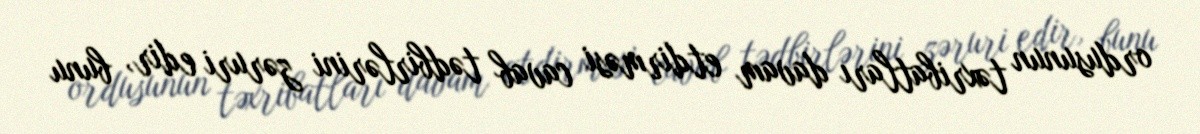
ordusunun təxribatları davam etdirməsi cavab tədbirlərini zəruri edir, bunu